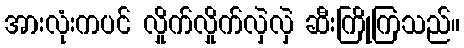
အားလုံးကပင် လှိုက်လှိုက်လှဲလှဲ ဆီးကြိုကြသည်။